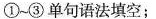
①-③单句语法填空;